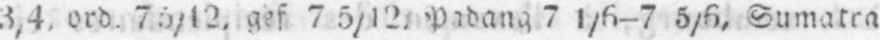
7 5/12. Padang 7 1/6 - 7 5/6, Sumatra